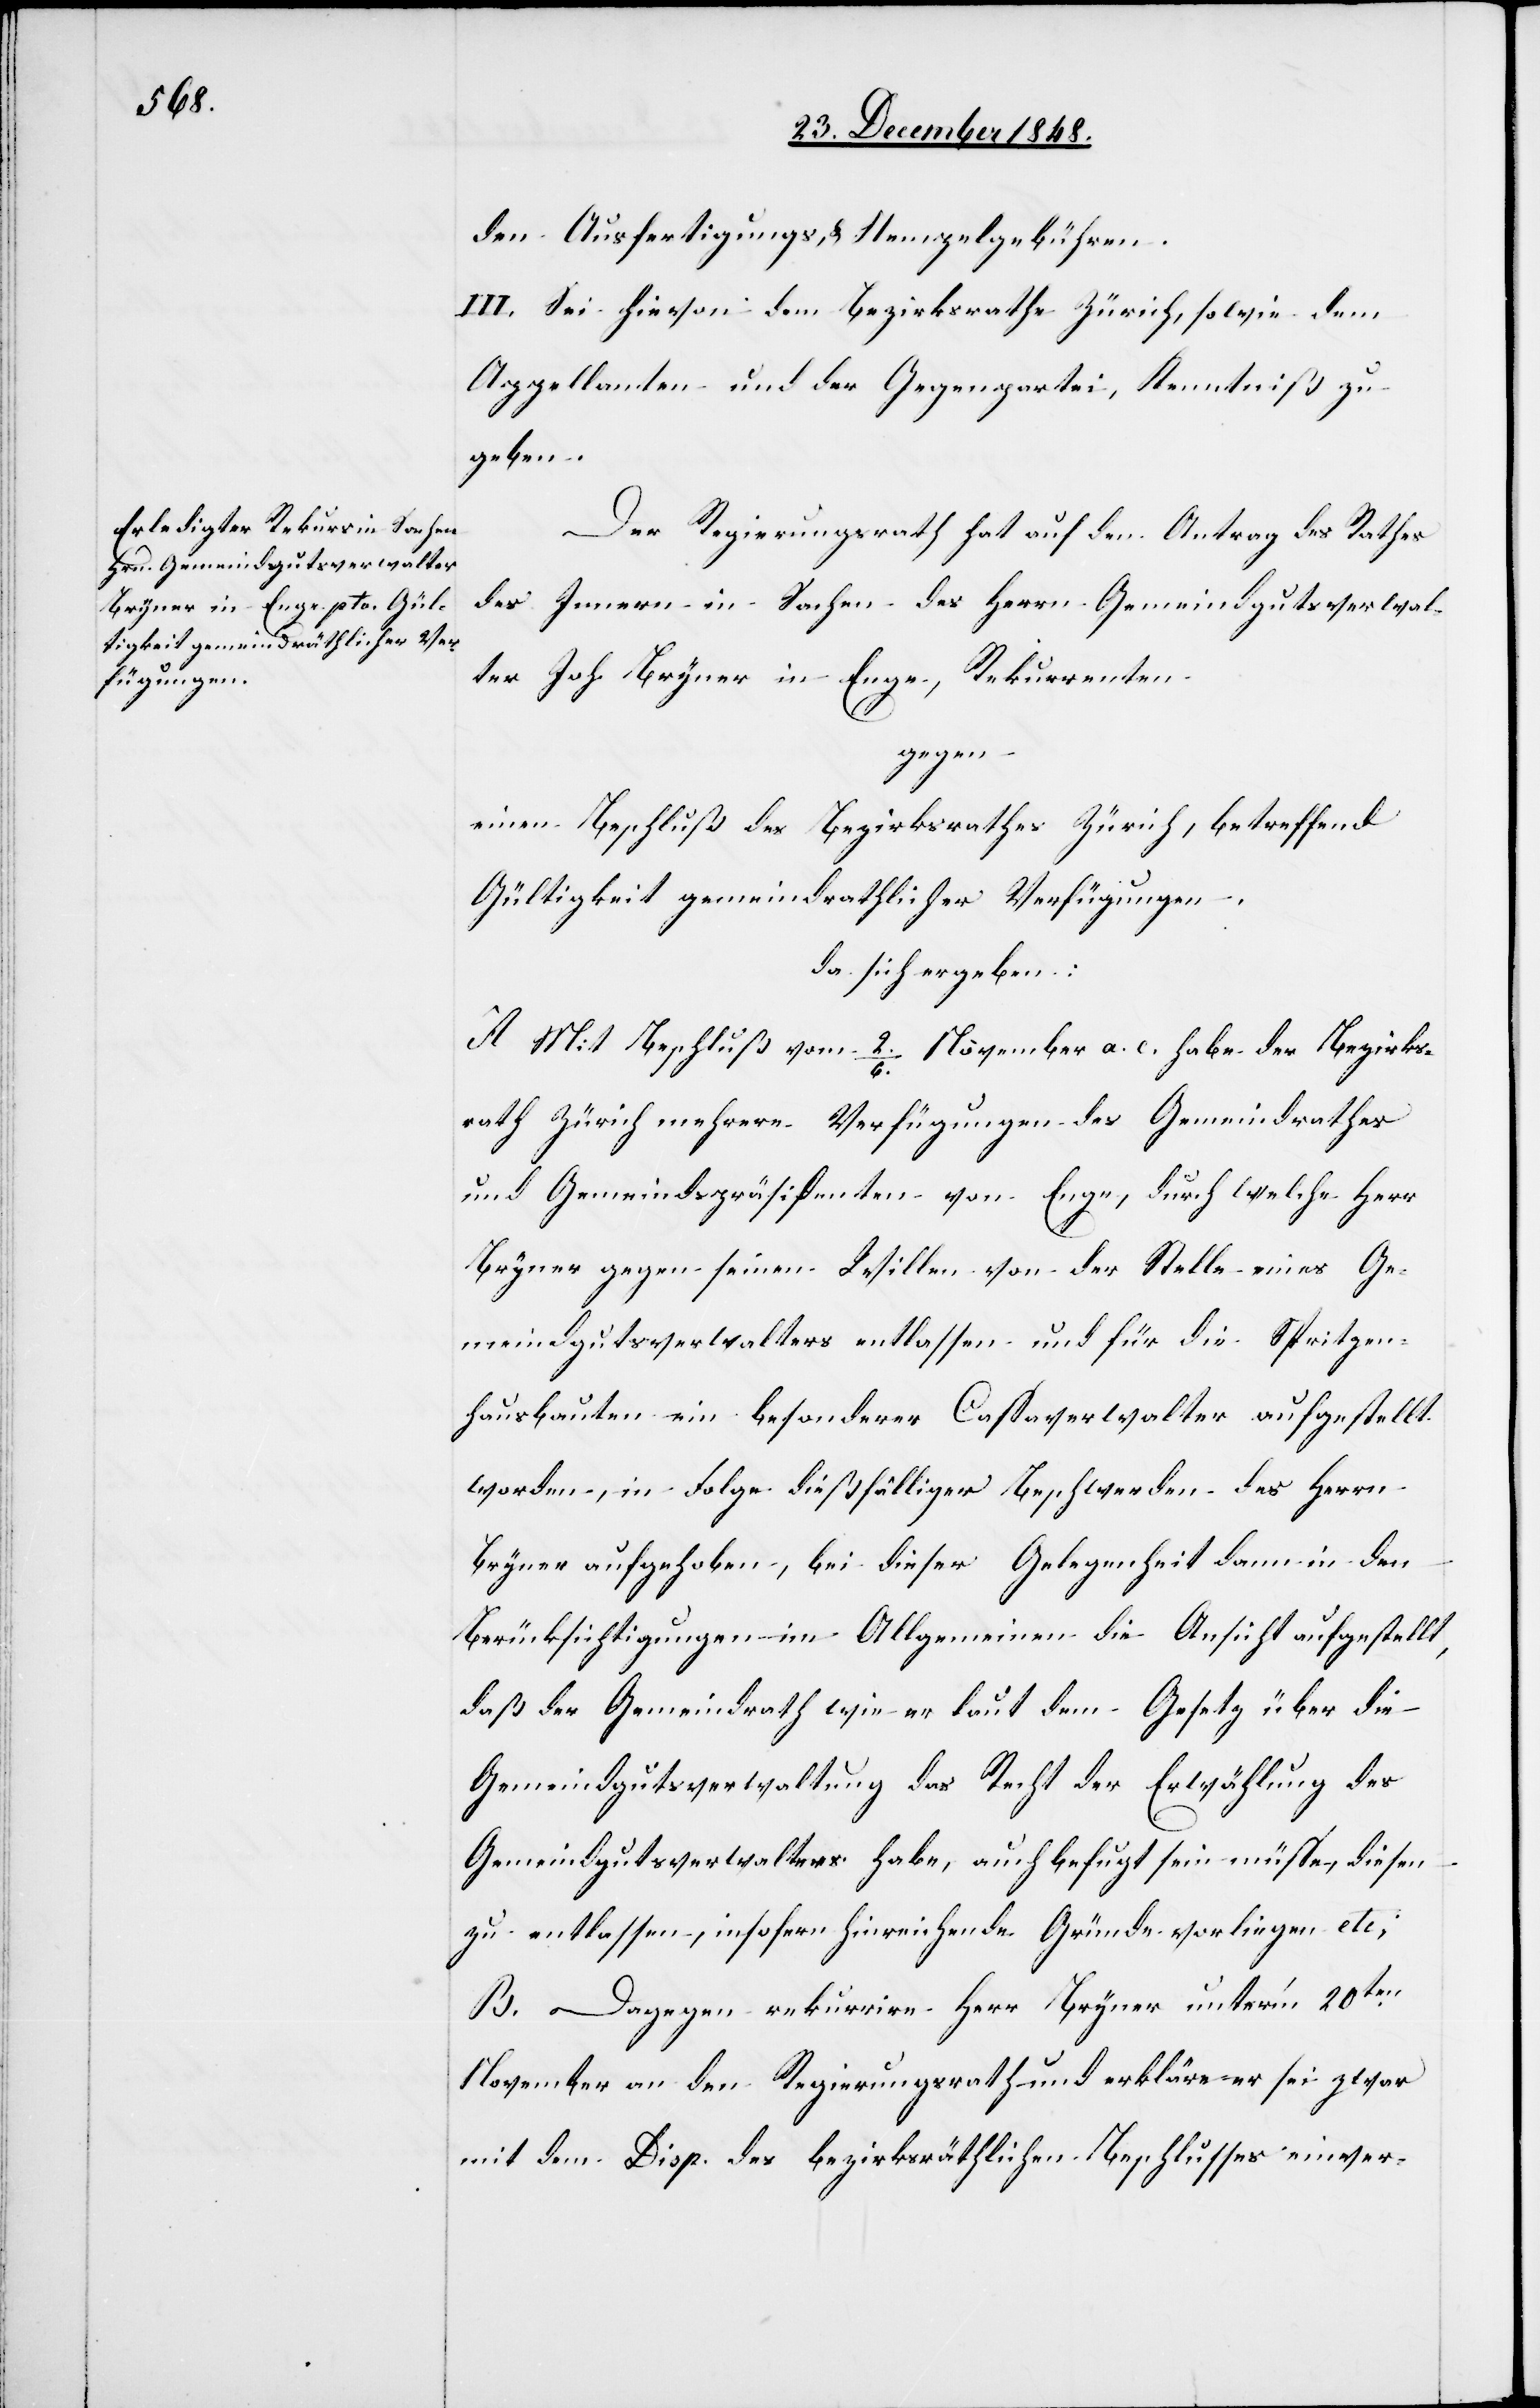
den Ausfertigungs- & Stempelgebühren.
III. Sei hievon dem Bezirksrathe Zürich, sowie dem
Appellanten und der Gegenpartei, Kenntniß zu
geben.
Der Regierungsrath hat auf den Antrag des Rathes
des Innern in Sachen des Herrn Gemeindgutsverwal¬
ter Joh. Bryner in Enge, Rekurrenten
gegen
einen Beschluß des Bezirksrathes Zürich, betreffend
Gültigkeit gemeindrathlicher Verfügungen,
da sich ergeben:
A. Mit Beschluß vom 2./6. November a. c. habe der Bezirks¬
rath Zürich mehrere Verfügungen des Gemeindrathes
und Gemeindspräsidenten von Enge, durch welche Herr
Bryner gegen seinen Willen von der Stelle eines Ge¬
meindgutsverwalters entlassen und für die Spritzen¬
hausbauten ein besonderer Cassaverwalter aufgestellt
worden, in Folge dießfälliger Beschwerden des Herrn
Bryner aufgehoben, bei dieser Gelegenheit dann in den
Berücksichtigungen im Allgemeinen die Ansicht aufgestellt,
daß der Gemeindrath wie er laut dem Gesetz über die
Gemeindgutsverwaltung das Recht der Erwählung des
Gemeindgutsverwalters habe, auch befugt sein müsse, diesen
zu entlassen, insofern hinreichende Gründe vorliegen etc;
B. Dagegen rekurrire Herr Bryner unter’m 20ten
November an den Regierungsrath und erkläre er sei zwar
mit dem Disp. des bezirksräthlichen Beschlusses einver-